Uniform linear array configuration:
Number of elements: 12
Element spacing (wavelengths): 1
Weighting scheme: kaiser
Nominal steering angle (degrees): -45
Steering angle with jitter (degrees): -44.249
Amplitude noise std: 0.05
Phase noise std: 0.05

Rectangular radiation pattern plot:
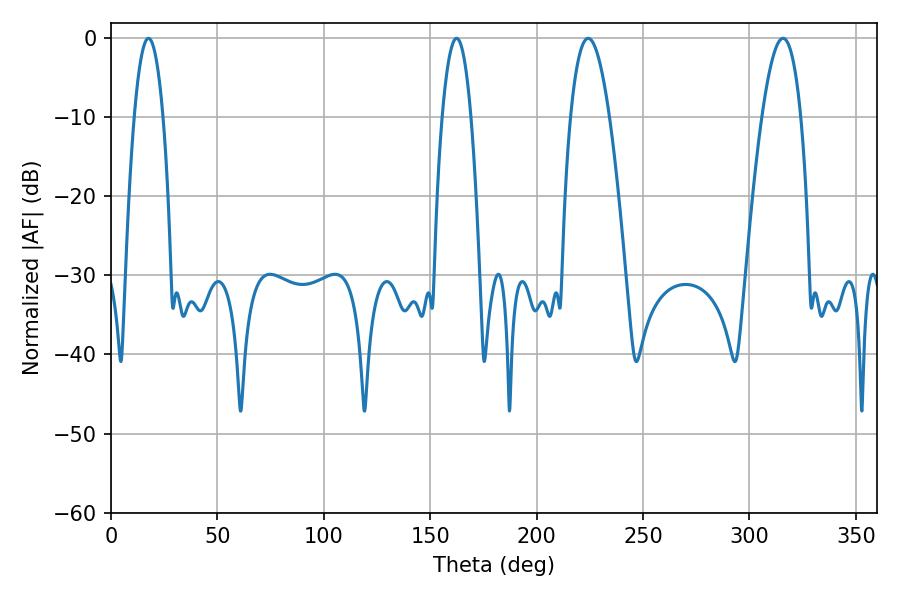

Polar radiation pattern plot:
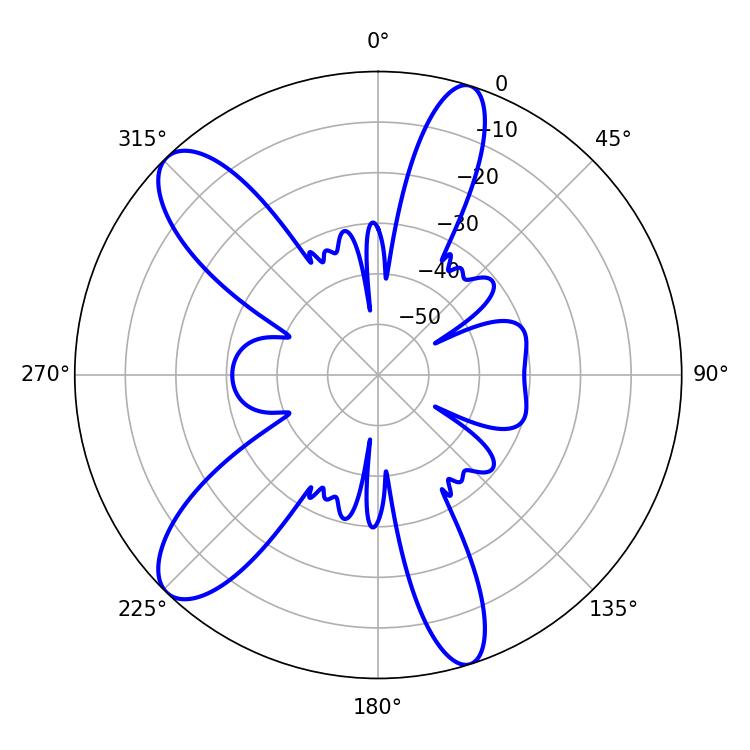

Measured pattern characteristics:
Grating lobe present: TRUE
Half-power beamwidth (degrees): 7.56
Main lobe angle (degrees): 17.64